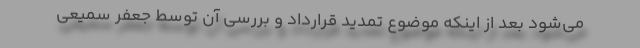
می‌شود بعد از اینکه موضوع تمدید قرارداد و بررسی آن توسط جعفر سمیعی